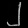
Digit: ၂